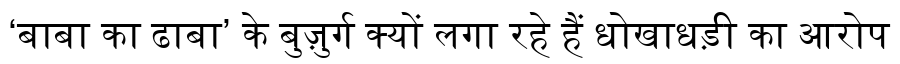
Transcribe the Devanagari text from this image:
‘बाबा का ढाबा’ के बुज़ुर्ग क्यों लगा रहे हैं धोखाधड़ी का आरोप